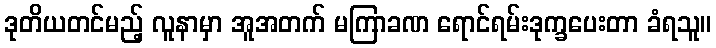
ဒုတိယတင်မည့် လူနာမှာ အူအတက် မကြာခဏ ရောင်ရမ်းဒုက္ခပေးတာ ခံရသူ။